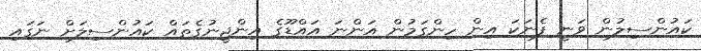
ކައުންސިލުން ވަނީ ފެނަކަ އިން ހިންގަމުން އަންނަ އައްޑޫގެ އިންޖީނުގެތައް ކައުންސިލަށް ނަަގައި